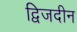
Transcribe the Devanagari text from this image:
द्विजदीन